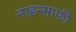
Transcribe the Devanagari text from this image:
नाइन्साफी